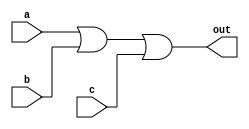
// This program was cloned from: https://github.com/Yvan-xy/verilog-doc
// License: GNU General Public License v2.0

module top_module(
	input a, 
	input b,
	input c,
	output out
);

	// SOP form: Three prime implicants (1 term each), summed.
	// POS form: One prime implicant (of 3 terms)
	// In this particular case, the result is the same for both SOP and POS.
	assign out = (a | b | c);
	
endmodule